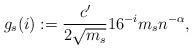
LaTeX: \begin{align*}g_s (i) :=\frac{c'}{2\sqrt{m_s}} 16^{-i}m_s n^{-\alpha},\end{align*}